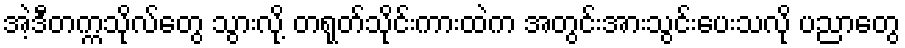
အဲ့ဒီတက္ကသိုလ်တွေ သွားလို့ တရုတ်သိုင်းကားထဲက အတွင်းအားသွင်းပေးသလို ပညာတွေ